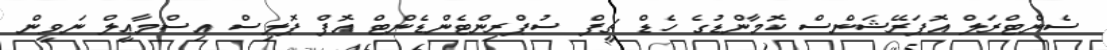
ސެންޓްރަލް އޮޕަރޭޝަންސް ކޮމާންޑުގެ ހެޑް ޗީފް ސުޕްރިންޓެންޑެންޓް އޮފް ޕޮލިސް އިސްމާޢީލް ނަވީން